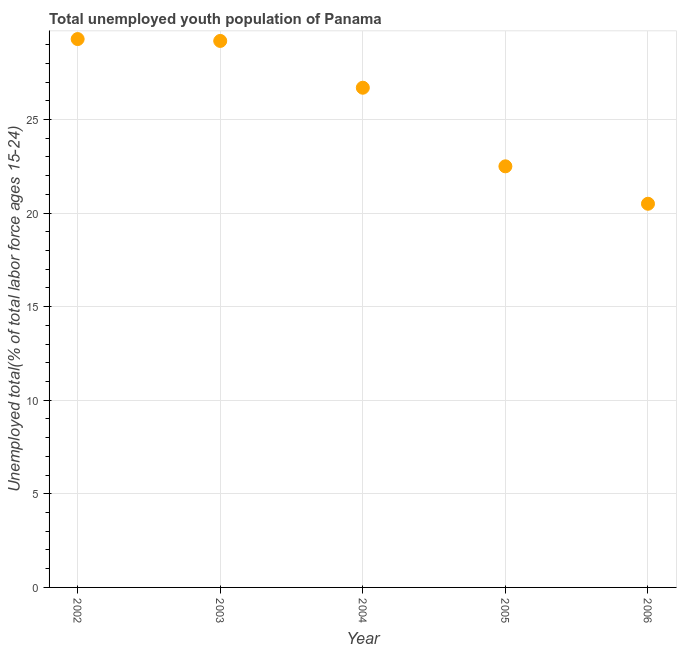
| Year | Unemployment youth total |
 | --- | --- |
 | 2002 | 29.3 |
 | 2003 | 29.2 |
 | 2004 | 26.7 |
 | 2005 | 22.5 |
 | 2006 | 20.5 |